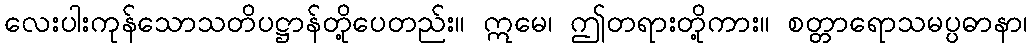
လေးပါးကုန်သောသတိပဋ္ဌာန်တို့ပေတည်း။ ဣမေ၊ ဤတရားတို့ကား။ စတ္တာရောသမပ္ပဓာနာ၊